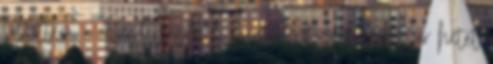
töltöttem a Sunderlandnél, míg a Citynél csak pár hetet